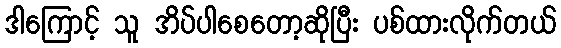
ဒါကြောင့် သူ အိပ်ပါစေတော့ဆိုပြီး ပစ်ထားလိုက်တယ်